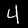
Label: 4